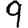
Digit: 9